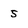
Character: 5